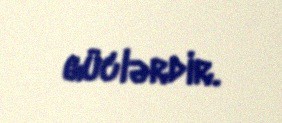
güclərdir.